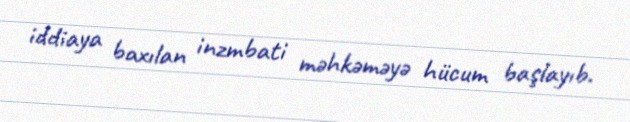
iddiaya baxılan inzmbati məhkəməyə hücum başlayıb.